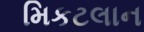
મિકટલાન